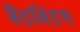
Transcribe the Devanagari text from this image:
बैंडबिडथ